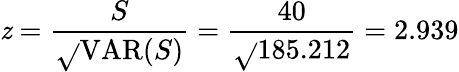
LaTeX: \mathit{z}={\frac{{S}}{{\sqrt{}{{\operatorname{VAR}(S)}}}}}={\frac{{40}}{{\sqrt{}{{185.212}}}}}=2.939